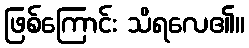
ဖြစ်ကြောင်း သိရလေ၏။